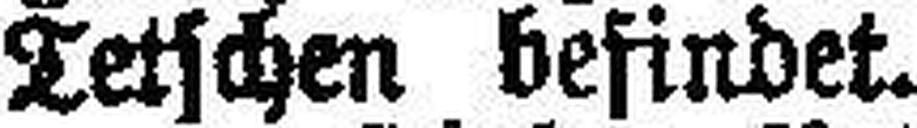
Tetschen befindet.